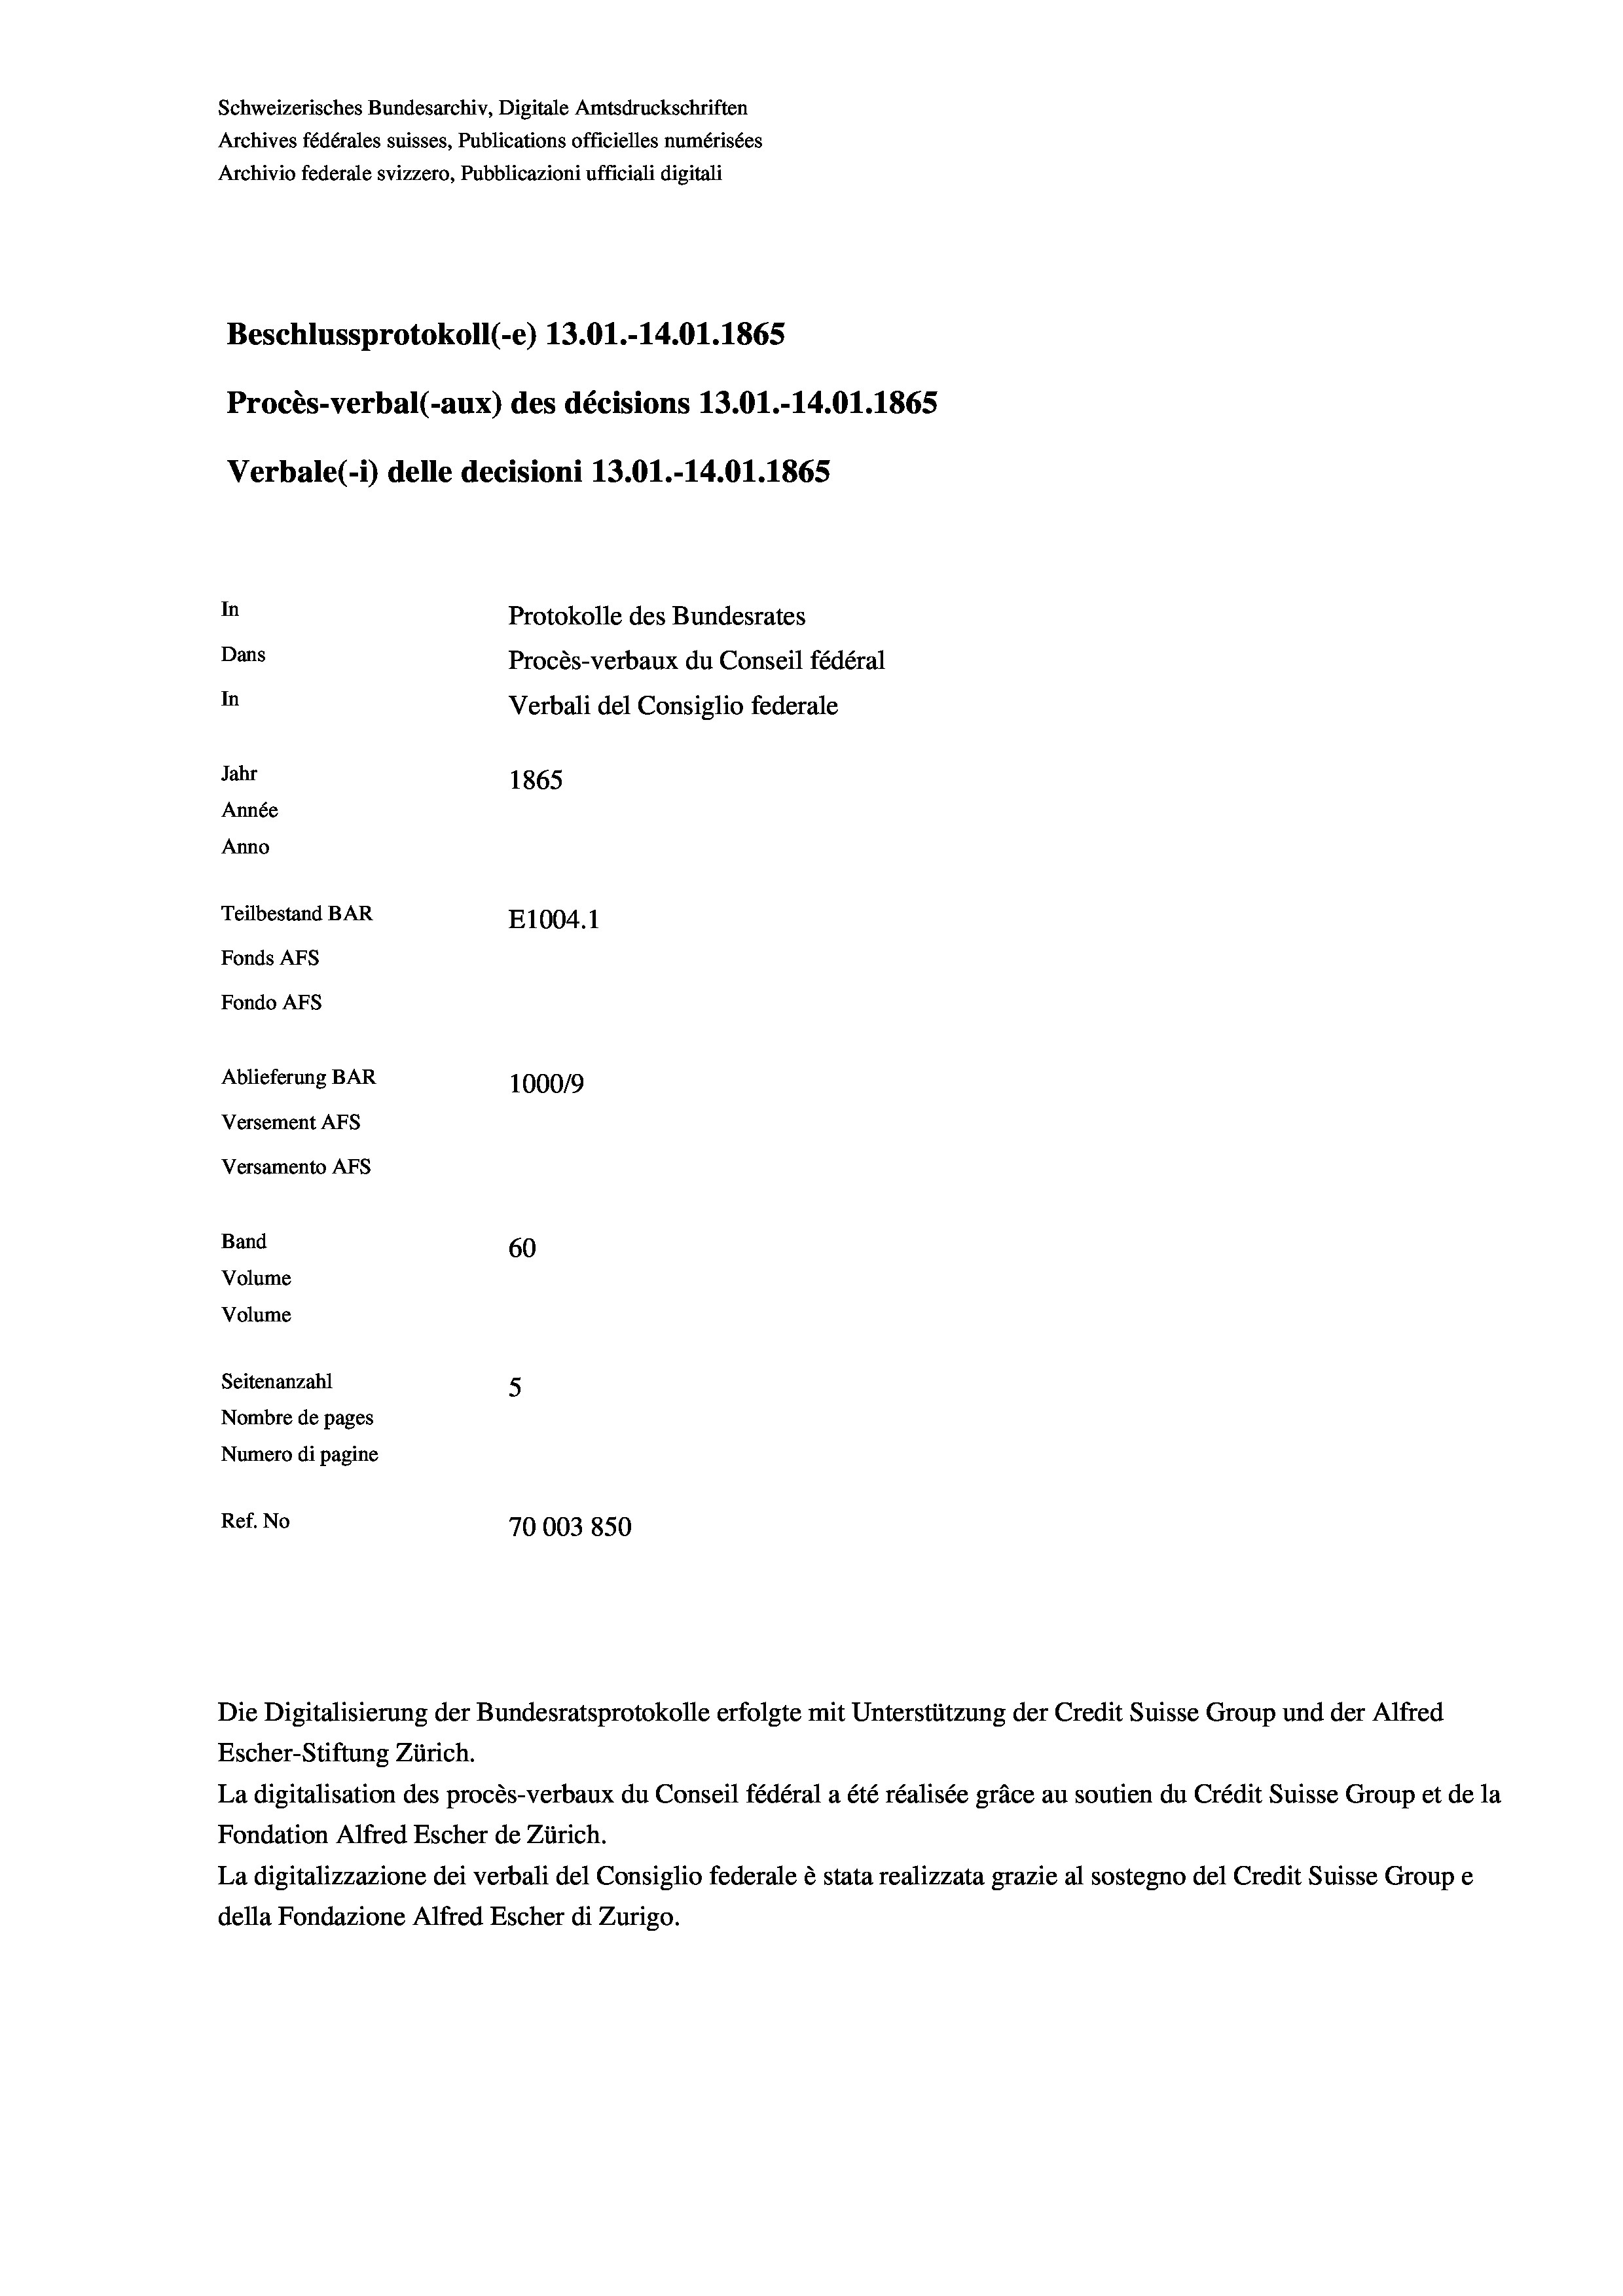
Schweizerisches Bundesarchiv, Digitale Amtsdruckschriften
Archives fédérales suisses, Publications officielles numérisées
Archivio federale svizzero, Pubblicazioni ufficiali digitali
Beschlussprotokoll (-e) 13.01.-14.01. 1865
Procès-verbal (-aux) des décisions 13.01.-14.01. 1865
Verbale(*) delle decisioni 13.01.-14.01. 1865
In
Protokolle des Bundesrates
Dans
Procès-verbaux du Conseil fédéral
In
Verbali del Consiglio federale
Jahr
1865
Année
Anno
Teilbestand BAR
E1004.1
Fonds AFs
Fondo Afs
Ablieferung BAR
100019
Versement AFs
Versamento AFs
Band
60
Volume
Volume
Seitenanzahl
5
Nombre de pages
Numero di pagine
Ref. No
70003850

La digitalisation des procès-verbaux du Conseil fédéral a été réalisée gräce au soutien du Crédit Suisse Group et de la
Fondation Alfred Escher de Zürich.
La digitalizzazione dei verbali del Consiglio federale è stata realizzata grazie al sostegno del Credit Suisse Groupe
della Fondazione Alfred Escher di Zurigo.

Die Digitalisierung der Bundesratsprotokolle erfolgte mit Unterstützung der Credit Suisse Group und der Alfred
Escher-Stiftung Zürich.